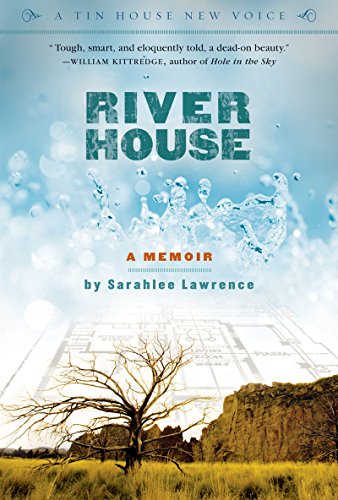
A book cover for River House: A Memoir (Tin House New Voice); Sarahlee Lawrence; Sports & Outdoors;